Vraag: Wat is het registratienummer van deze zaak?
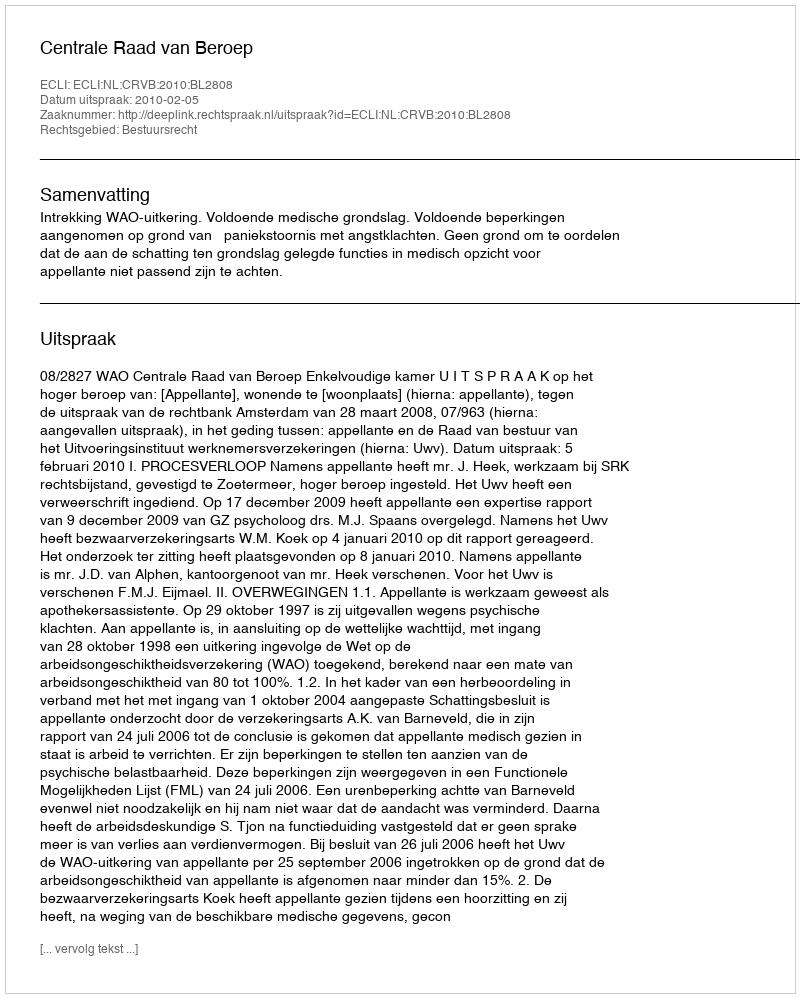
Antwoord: http://deeplink.rechtspraak.nl/uitspraak?id=ECLI:NL:CRVB:2010:BL2808